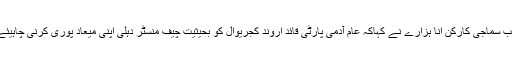
دریں اثناء رالے گاؤں سدی سے موصولہ اطلاع کے بموجب سماجی کارکن انا ہزارے نے کہاکہ عام آدمی پارٹی قائد اروند کجریوال کو بحیثیت چیف منسٹر دہلی اپنی میعاد پوری کرنی چاہیئے تھی ‘ وہ ایک پریس کانفرنس سے خطاب کررہے تھے ۔